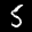
Label: 5